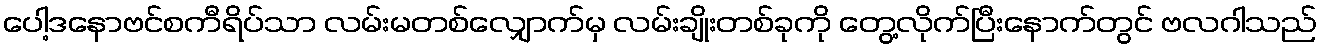
ပေါ့ဒနောဗင်စကီရိပ်သာ လမ်းမတစ်လျှောက်မှ လမ်းချိုးတစ်ခုကို တွေ့လိုက်ပြီးနောက်တွင် ဗလဂါသည်